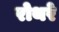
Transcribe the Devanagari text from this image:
रोथरे